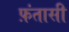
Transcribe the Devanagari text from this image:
फ़ंतासी